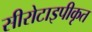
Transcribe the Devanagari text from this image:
सीरोटाइपीकृत